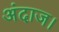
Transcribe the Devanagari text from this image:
अंदाज।